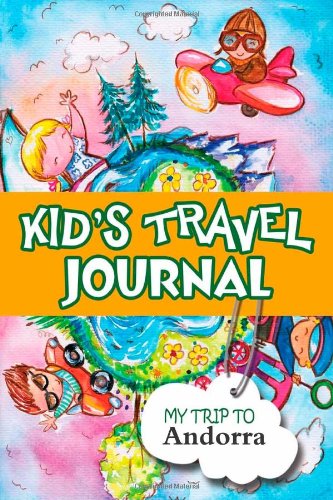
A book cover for Kids travel journal: my trip to andorra; Bluebird Books; Travel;